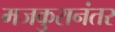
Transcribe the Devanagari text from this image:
मजकुरानंतर